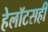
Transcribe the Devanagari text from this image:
हेलॉटसही